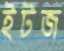
ইটজ